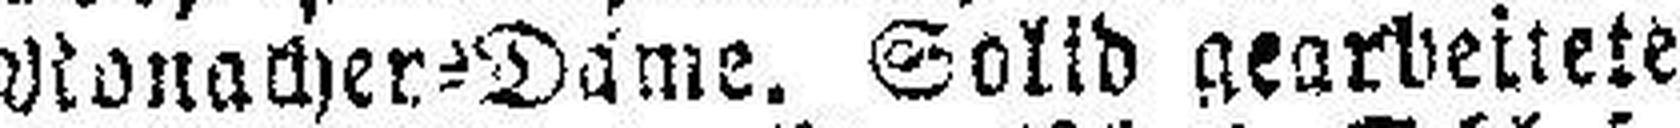
Monacher=Dame, Solid gearbeitete